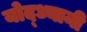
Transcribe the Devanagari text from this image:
योद्ध्यानी